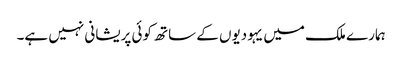
ہمارے ملک میں یہودیوں کے ساتھ کوئی پریشانی نہیں ہے۔